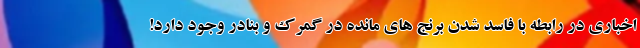
اخباری در رابطه با فاسد شدن برنج های مانده در گمرک و بنادر وجود دارد!